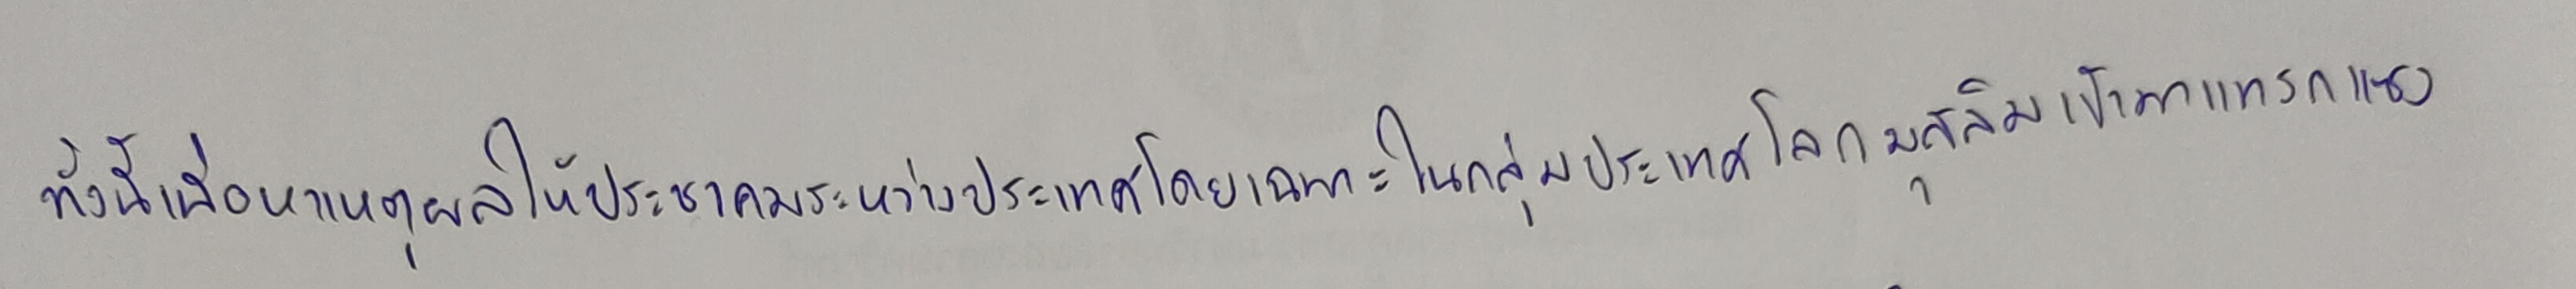
ทั้งนี้เพื่อหาเหตุผลให้ประชาคมระหว่างประเทศโดยเฉพาะในกลุ่มประเทศโลกมุสลิมเข้ามาแทรกแซง